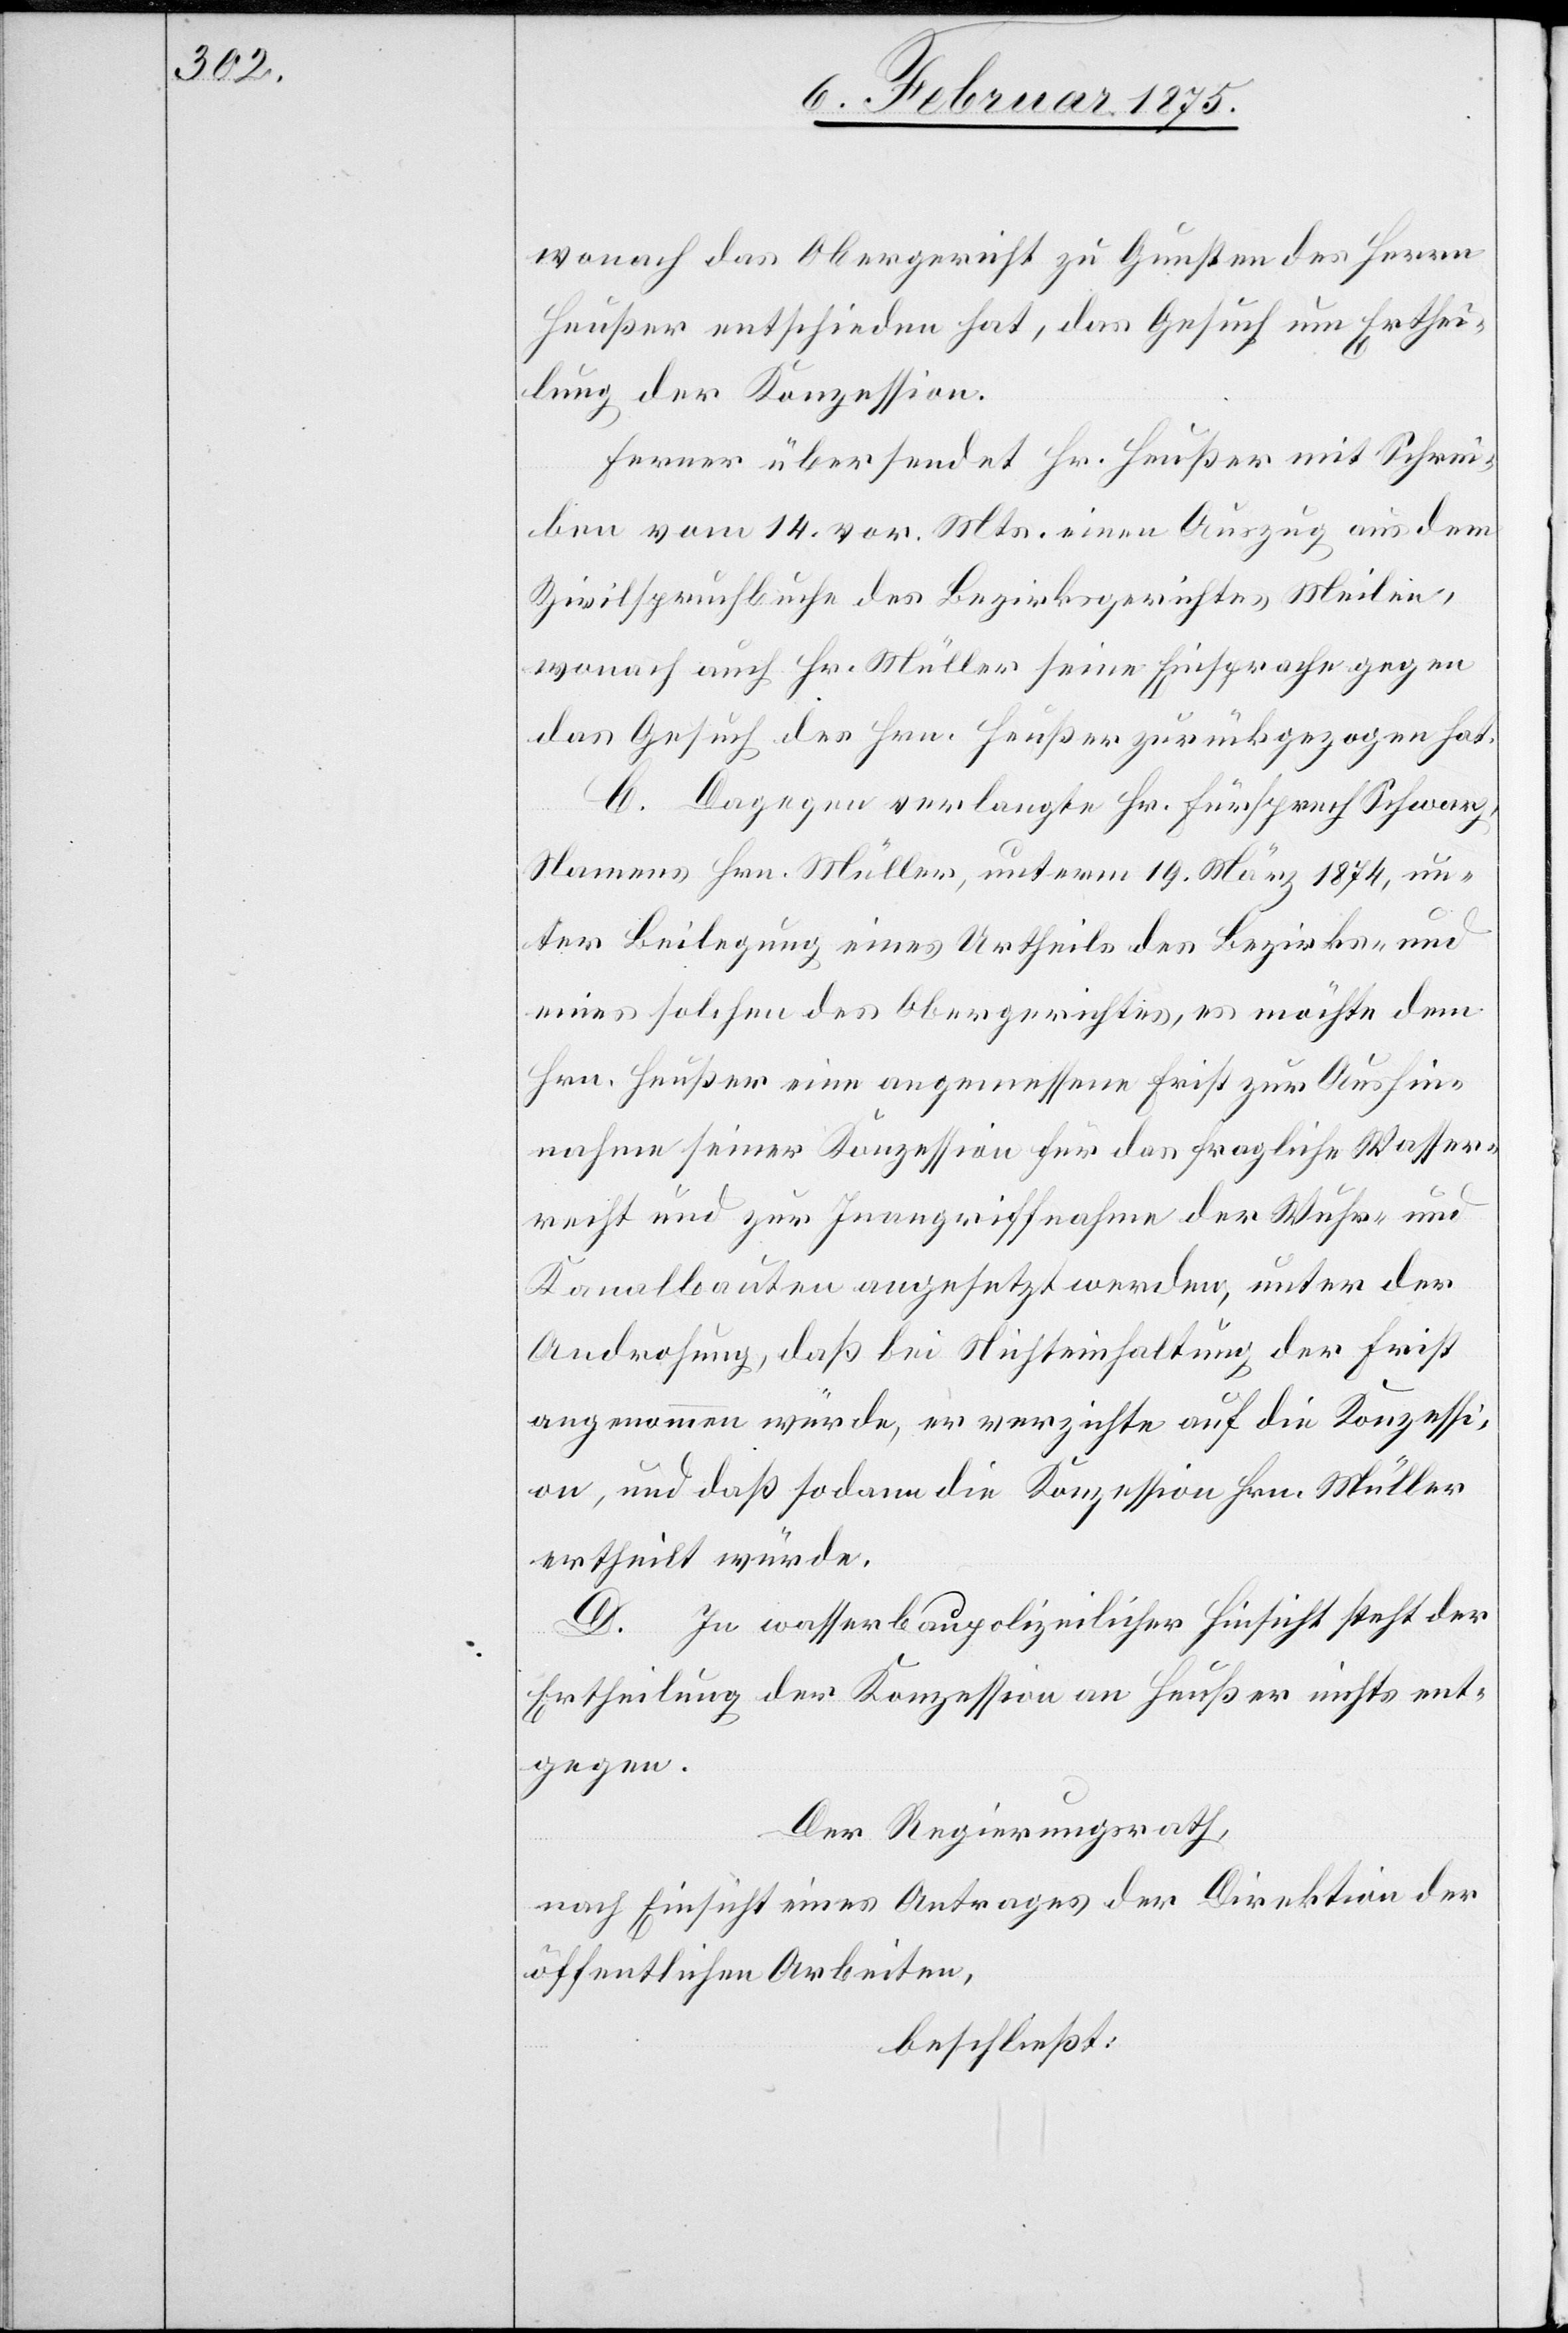
wonach das Obergericht zu Gunsten des Herrn
Heußer entschieden hat, das Gesuch um Erthei¬
lung der Konzession.
Ferner übersendet Hr. Heußer mit Schrei¬
ben vom 14. vor. Mts. einen Auszug aus dem
Zivilspruchbuche des Bezirksgerichtes Meilen,
wonach auch Hr. Müller seine Einsprache gegen
das Gesuch des Hrn. Heußer zurückgezogen hat.
C. Dagegen verlangte Hr. Fürsprech Schwarz,
Namens Hrn. Müller, unterm 19. März 1874, un¬
ter Beilegung eines Urtheils des Bezirks- und
eines solchen des Obergerichtes, es möchte dem
Hrn. Heußer eine angemessene Frist zur Aushin¬
nahme seiner Konzession für das fragliche Wasser¬
recht und zur Inangriffnahme der Wuhr- und
Kanalbauten angesetzt werden, unter der
Androhung, daß bei Nichteinhaltung der Frist
angenommen würde, er verzichte auf die Konzessi¬
on, und daß sodann die Konzession Hrn. Müller
ertheilt würde.
D. In wasserbaupolizeilicher Hinsicht steht der
Ertheilung der Konzession an Heußer nichts ent¬
gegen.
Der Regierungsrath,
nach Einsicht eines Antrages der Direktion der
öffentlichen Arbeiten,
beschließt: